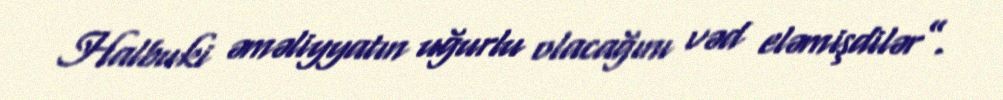
Halbuki əməliyyatın uğurlu olacağını vəd eləmişdilər”.